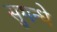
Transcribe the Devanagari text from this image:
सुगन्धे